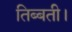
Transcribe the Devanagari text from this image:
तिब्बती।